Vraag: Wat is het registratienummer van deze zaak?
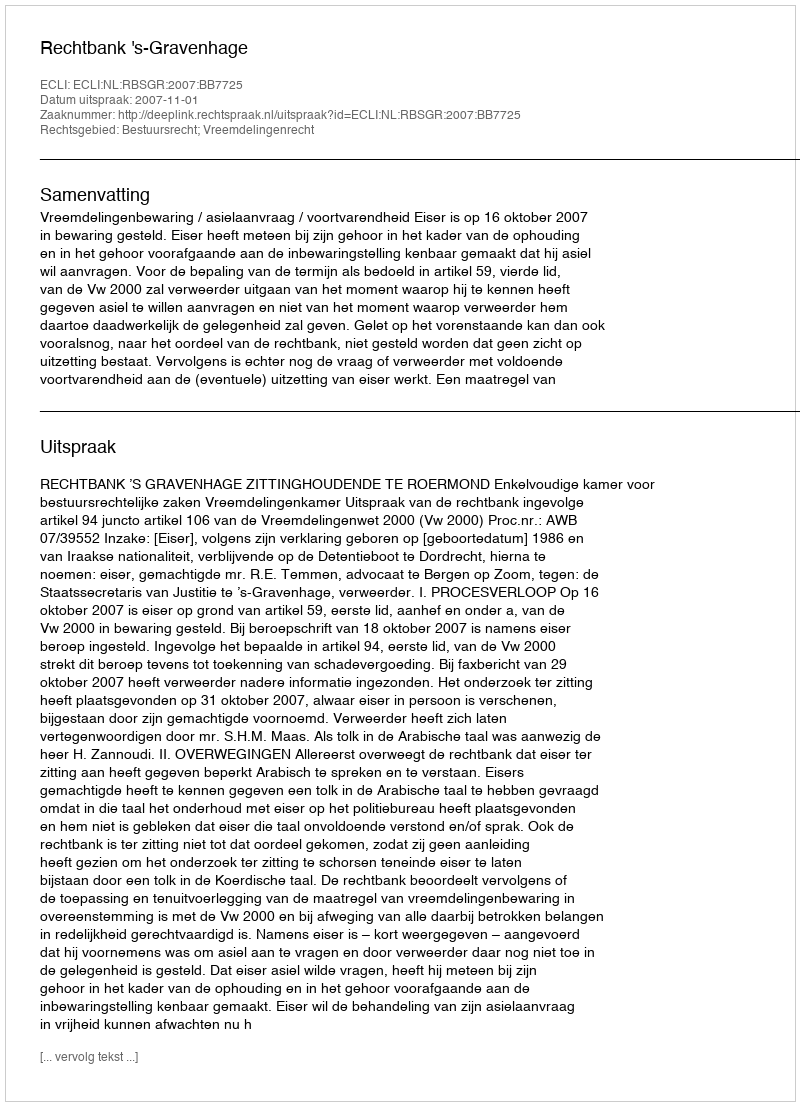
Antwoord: http://deeplink.rechtspraak.nl/uitspraak?id=ECLI:NL:RBSGR:2007:BB7725